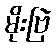
မိုးဗြဲ